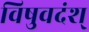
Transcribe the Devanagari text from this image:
विषुवदंश्